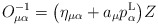
\begin{align*}O^{-1}_{\mu\alpha}=\big(\eta_{\mu\alpha}+a_\mu p^{\rm L}_\alpha\big)Z\end{align*}